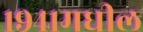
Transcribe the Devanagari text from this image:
१९४१मधील